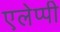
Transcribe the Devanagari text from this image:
एलेप्पी